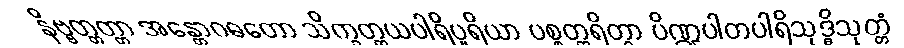
နိဗ္ဗတ္တတ္တာ အန္တောဂဓတော သိက္ခတ္တယပါရိပူရိယာ ပစ္စတ္ထရိတွာ ပိဏ္ဍပါတပါရိသုဒ္ဓိသုတ္တံ